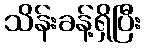
သိန်းခန့်ရှိပြီး